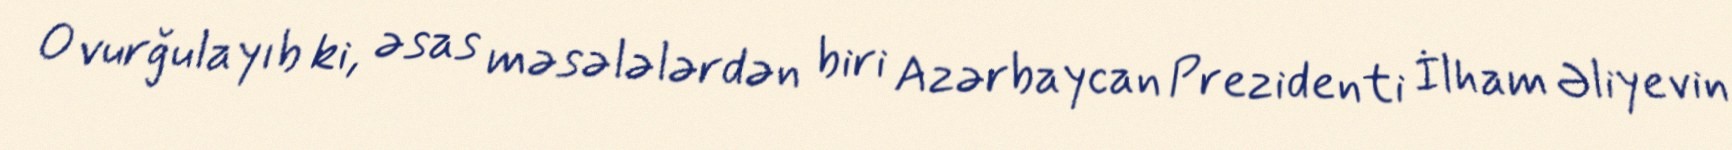
O vurğulayıb ki, əsas məsələlərdən biri Azərbaycan Prezidenti İlham Əliyevin